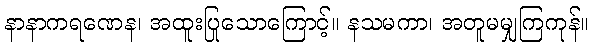
နာနာကရဏေန၊ အထူးပြုသောကြောင့်။ နသမကာ၊ အတူမမျှကြကုန်။